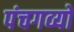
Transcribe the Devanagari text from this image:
पंचगव्यों